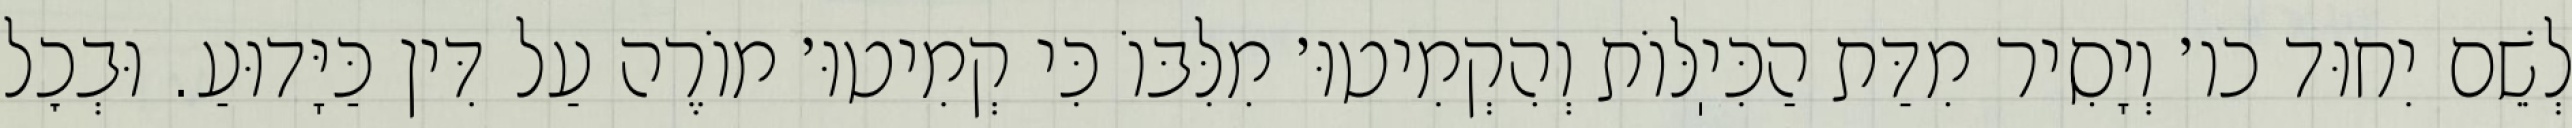
לְשֵׁם יִחוּד כו׳ וְיָסִיר מִדַּת הַכִּיֽלּוֹת וְהִקְמִיטוּ׳ מִלִּבּוֹ כִּי קְמִיטוּ׳ מוֹרֶה עַל דִּין כַּיָּדוּעַ. וּבְכׇל